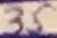
Text: 35